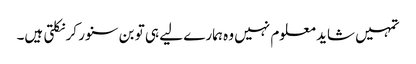
تمہیں شاید معلوم نہیں وہ ہمارے لیے ہی تو بن سنور کر نکلتی ہیں۔